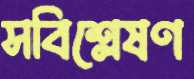
সবিশ্লেষণ